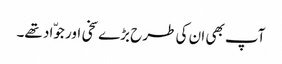
آپ بھی ان کی طرح بڑے سخی اور جوّاد تھے۔